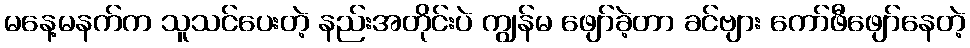
မနေ့မနက်က သူသင်ပေးတဲ့ နည်းအတိုင်းပဲ ကျွန်မ ဖျော်ခဲ့တာ ခင်ဗျား ကော်ဖီဖျော်နေတဲ့